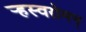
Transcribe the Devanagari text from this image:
र्‍हस्वरोमन्